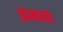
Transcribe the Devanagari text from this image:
इनया